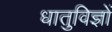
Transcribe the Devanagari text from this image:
धातुविज्ञों